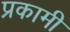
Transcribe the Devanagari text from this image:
प्रकामी